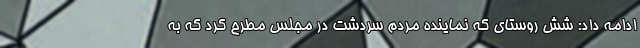
ادامه داد: شش روستای که نماینده مردم سردشت در مجلس مطرح کرد که به